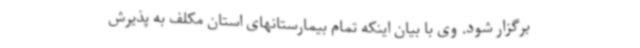
برگزار شود. وی با بیان اینکه تمام بیمارستانهای استان مکلف به پذیرش